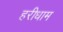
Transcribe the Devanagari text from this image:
हरीधाम